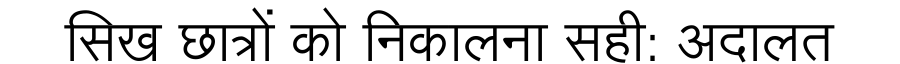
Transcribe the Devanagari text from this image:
सिख छात्रों को निकालना सही: अदालत